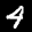
Label: 4